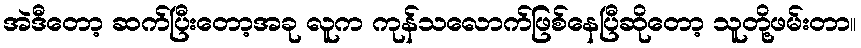
အဲဒီတော့ ဆက်ပြီးတော့အခု လူက ကုန်သလောက်ဖြစ်နေပြီဆိုတော့ သူတို့ဖမ်းတာ။